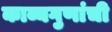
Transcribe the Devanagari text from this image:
काव्यगुणांची